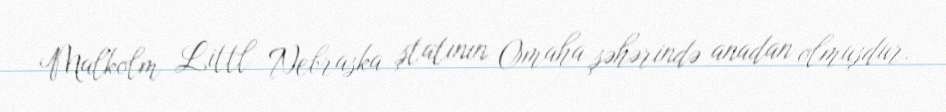
Malkolm Littl Nebraska ştatının Omaha şəhərində anadan olmuşdur.